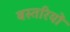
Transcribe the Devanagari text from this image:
बस्तरियों